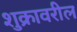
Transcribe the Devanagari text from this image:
शुक्रावरील